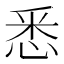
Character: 悉